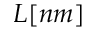
L [ n m ]